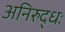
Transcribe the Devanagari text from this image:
अनिरुद्धः